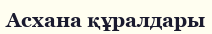
Асхана құралдары